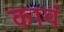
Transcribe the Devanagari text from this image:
कावं